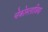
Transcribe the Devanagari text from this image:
चेकोस्लाविया